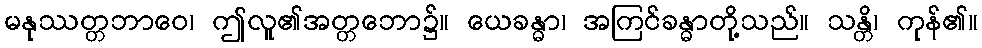
မနုဿတ္တဘာဝေ၊ ဤလူ၏အတ္တဘော၌။ ယေခန္ဓာ၊ အကြင်ခန္ဓာတို့သည်။ သန္တိ၊ ကုန်၏။